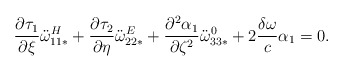
\begin{align*}\frac{\partial \tau_1}{\partial \xi} \ddot{\omega}_{11*}^H +\frac{\partial \tau_2}{\partial \eta} \ddot{\omega}_{22*}^E +\frac{\partial^2 \alpha_1}{\partial \zeta^2}\ddot{\omega}_{33*}^0 +2\frac{\delta \omega}{c}\alpha_1=0.\end{align*}